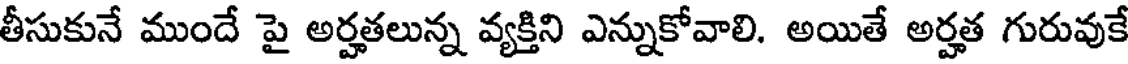
తీసుకునే ముందే పై అర్హతలున్న వ్యక్తిని ఎన్నుకోవాలి. అయితే అర్హత గురువుకే